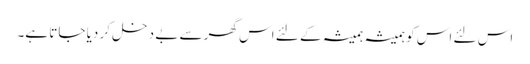
اس لئے اس کو ہمیشہ ہمیشہ کے لئے اس گھر سے بے دخل کر دیا جاتا ہے۔